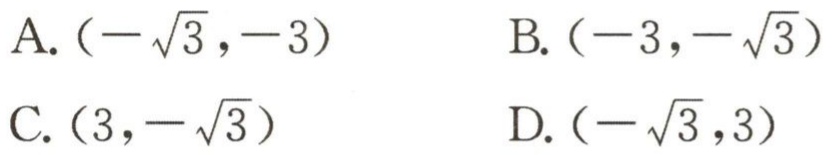
A. \((-\sqrt{3},-3)\)  B. \((-3,-\sqrt{3})\)
C. \((3,-\sqrt{3})\)  D. \((-\sqrt{3},3)\)